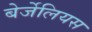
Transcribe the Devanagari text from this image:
बेर्जेलियस